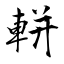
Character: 軿